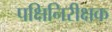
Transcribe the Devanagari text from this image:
पक्षिनिरीक्षक